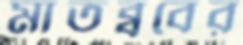
মাতব্ববের